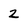
Character: 2